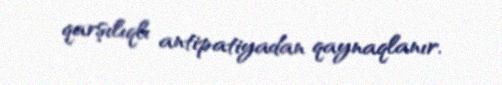
qarşılıqlı antipatiyadan qaynaqlanır.